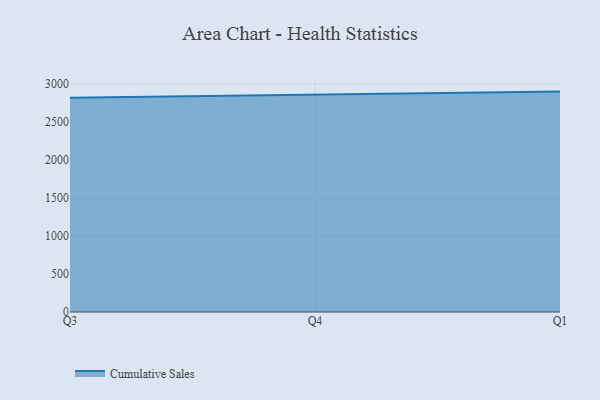
{"axis": {"x": "Quarter", "y": "Energy Usage (MWh)"}, "legend": ["Cumulative Sales"], "data": [{"x": "Q3", "y": 2821.2, "type": "Cumulative Sales"}, {"x": "Q4", "y": 2863.3, "type": "Cumulative Sales"}, {"x": "Q1", "y": 2902.7, "type": "Cumulative Sales"}]}